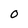
Character: O